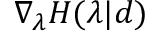
\nabla _ { \lambda } H ( \lambda | d )